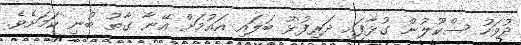
ދުވަހު ސްކޫލުން ގުޅާފައި ދަރިފުޅު ބަލައި އައުމަށް އޭނާ ގާތު ބުނި ކަމަށެވެ.